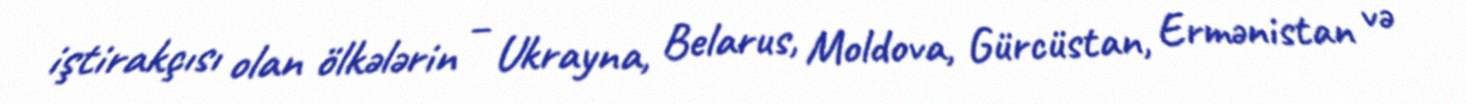
iştirakçısı olan ölkələrin – Ukrayna, Belarus, Moldova, Gürcüstan, Ermənistan və